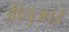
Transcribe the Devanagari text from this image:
जीयुआई